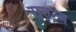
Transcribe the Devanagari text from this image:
रातन्ज